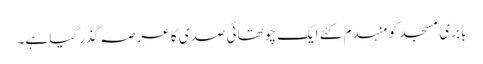
بابری مسجد کو منہدم کئے ایک چوتھائی صدی کا عرصہ گذر گیا ہے۔